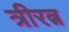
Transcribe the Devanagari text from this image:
त्रीरत्न